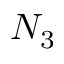
N _ { 3 }